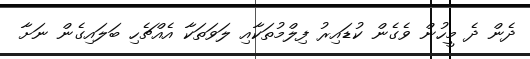
ދެން ދެ މީހުން ވެގެން ކުޑައިރު ފިލްމުތަކާއި ލަވަތަކާ އެއްޗެހި ބަލައިގެން ނަށާ